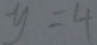
y = 4